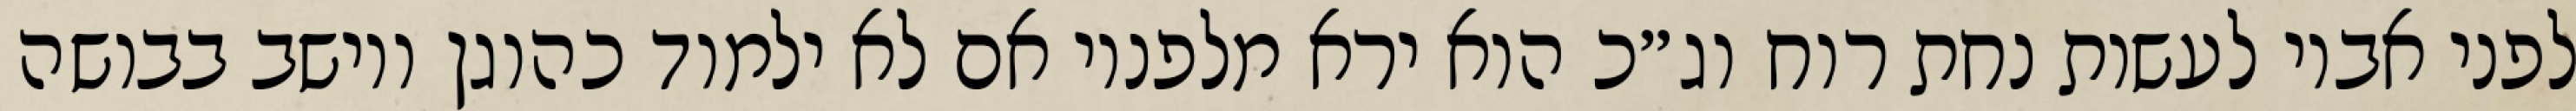
לפני אביו לעשות נחת רוח וג״כ הוא ירא מלפניו אם לא ילמוד כהוגן ויושב בבושה